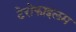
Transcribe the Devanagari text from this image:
टेरोफाइलम